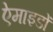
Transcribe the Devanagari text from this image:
ऐमाइडों